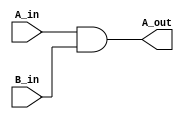
// Andrew Doucet
// Spencer Dugas

// Bitwise AND
module AND (A_in,B_in,A_out);

	// I/O
	input [15:0] A_in, B_in;
	output [15:0] A_out;

	// And operation
	assign A_out = A_in & B_in;
	
endmodule